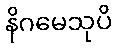
နိဂမေသုပိ